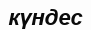
күндес